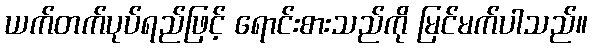
ယက်တက်ပုပ်ရည်ဖြင့် ရောင်းစားသည်ကို မြင်မက်ပါသည်။